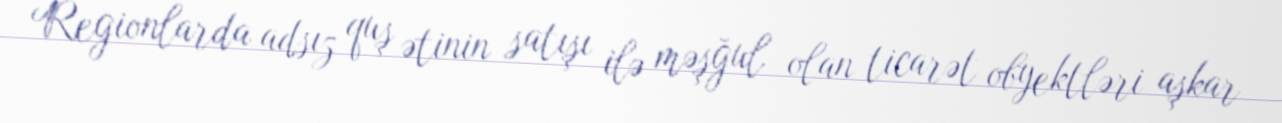
Regionlarda adsız quş ətinin satışı ilə məşğul olan ticarət obyektləri aşkar